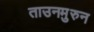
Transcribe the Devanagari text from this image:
ताउनमुरुन